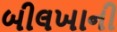
બીલખાની